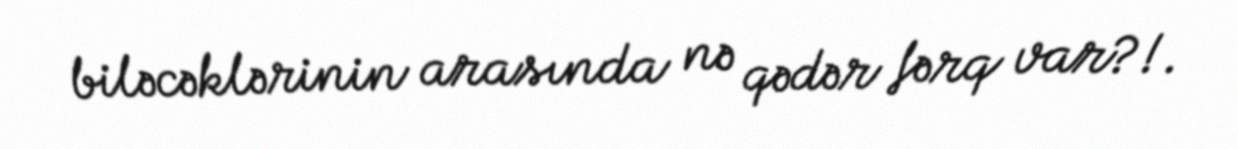
biləcəklərinin arasında nə qədər fərq var?!.